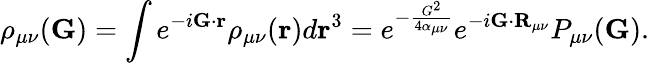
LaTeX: \rho_{\mu\nu}(\mathbf{G})=\int e^{-i\mathbf{G}\cdot\mathbf{r}}\rho_{\mu\nu}(\mathbf{r})d\mathbf{r}^{3}=e^{-\frac{G^{2}}{4\alpha_{\mu\nu}}}e^{-i\mathbf{G}\cdot\mathbf{R}_{\mu\nu}}P_{\mu\nu}(\mathbf{G}).